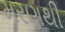
મરણથી